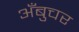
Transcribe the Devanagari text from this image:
अँबुचर